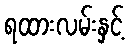
ရထားလမ်းနှင့်